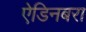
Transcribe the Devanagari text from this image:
ऐडिनबरा